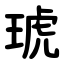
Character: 琥